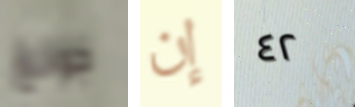
جونغ إن ٤٢